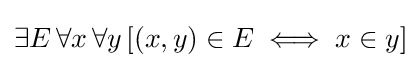
\exists E\,\forall x\,\forall y\,[(x,y)\in E\iff x\in y]\!